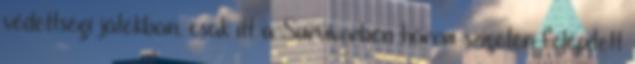
védettségi játékban. csak itt a Survivorben három szigeten felépített